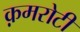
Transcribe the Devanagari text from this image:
क़मरोटी